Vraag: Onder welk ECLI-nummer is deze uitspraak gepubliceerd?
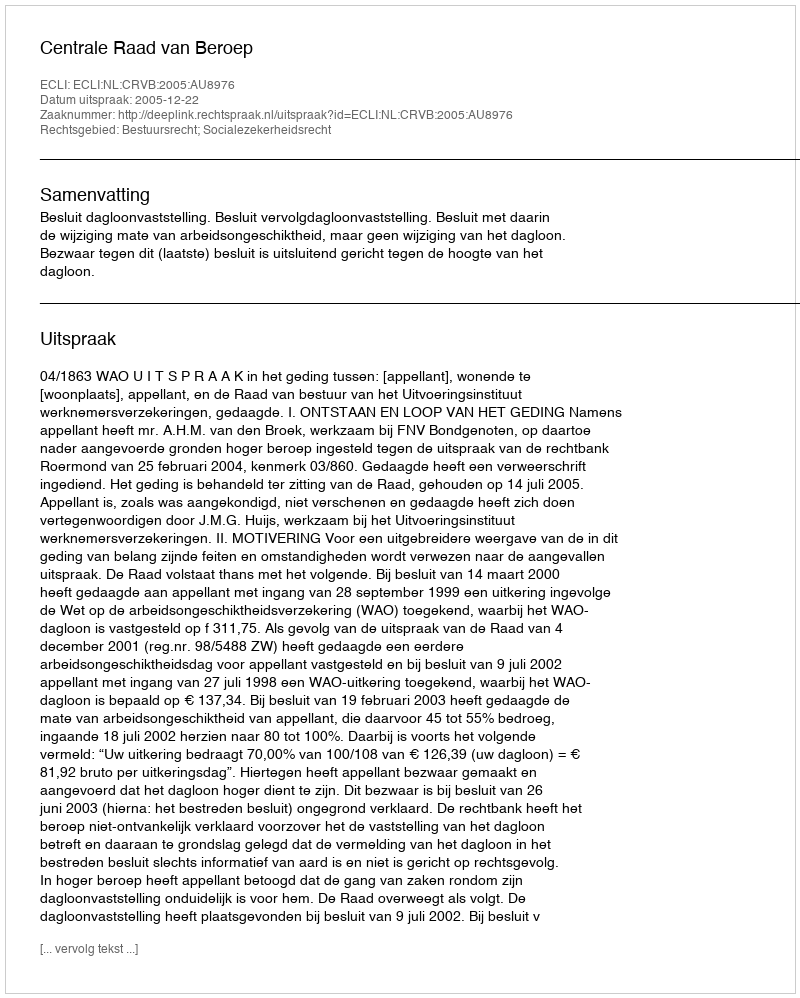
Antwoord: ECLI:NL:CRVB:2005:AU8976